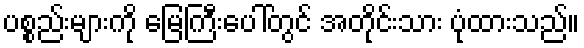
ပစ္စည်းများကို မြေကြီးပေါ်တွင် အတိုင်းသား ပုံထားသည်။